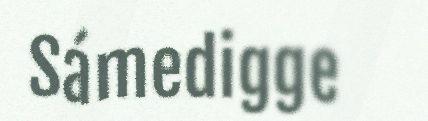
Sámedigge